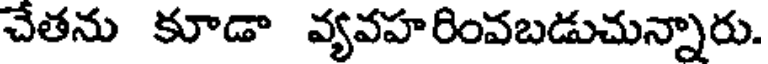
చేతను కూడా వ్యవహరింవబడుచున్నారు.